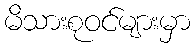
မိသားစုဝင်များမှာ